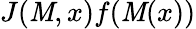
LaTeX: J(\mathit{M},x)f(\mathit{M}(x))